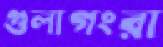
গুলাগংরা